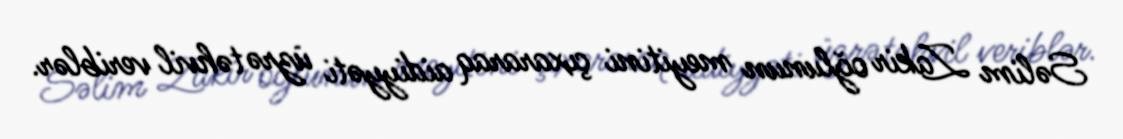
Səlim Zakir oğlunun meyitini çıxararaq aidiyyəti üzrə təhvil veriblər.